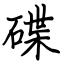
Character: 碟